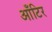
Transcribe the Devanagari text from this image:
आँटिर